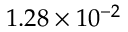
1 . 2 8 \times 1 0 ^ { - 2 }